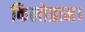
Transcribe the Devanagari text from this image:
किलोग्राम।